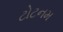
ટોટનમ